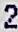
2